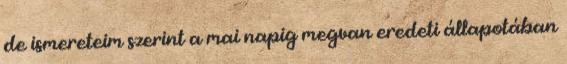
de ismereteim szerint a mai napig megvan eredeti állapotában